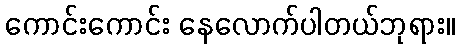
ကောင်းကောင်း နေလောက်ပါတယ်ဘုရား။